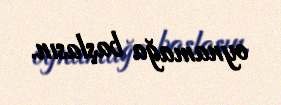
oynamağa başlasın.